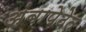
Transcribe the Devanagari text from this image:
अंबापेठेत